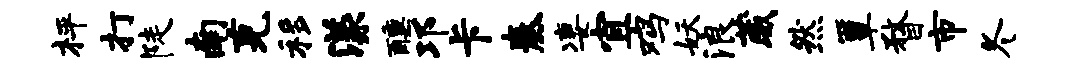
枰打陡南克移漾醺邛卡奏凄宜鸡妖浪葳然簟瞀市冬